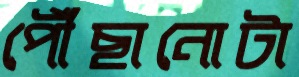
পৌঁছানোটা